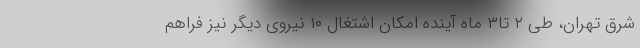
شرق تهران، طی ۲ تا۳ ماه آینده امکان اشتغال ۱۰ نیروی دیگر نیز فراهم